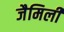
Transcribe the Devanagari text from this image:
जैमिली